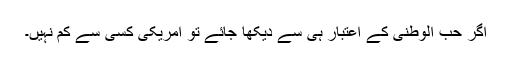
اگر حب الوطنی کے اعتبار ہی سے دیکھا جائے تو امریکی کسی سے کم نہیں۔